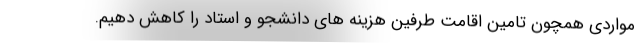
مواردی همچون تامین اقامت طرفین هزینه های دانشجو و استاد را کاهش دهیم.